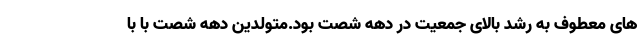
های معطوف به رشد بالای جمعیت در دهه شصت بود.متولدین دهه شصت با با